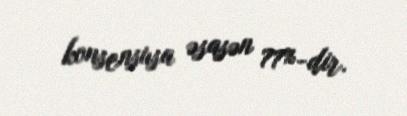
konsensusa əsasən 77%-dir.